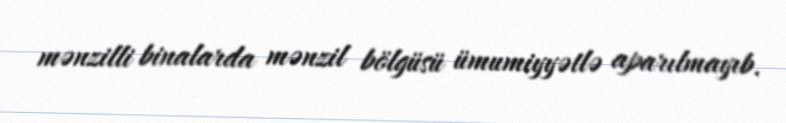
mənzilli binalarda mənzil bölgüsü ümumiyyətlə aparılmayıb.